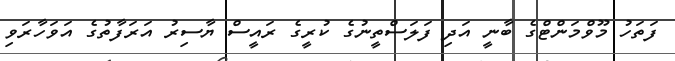
ފަތަހު މޫވްމަންޓްގެ ބާނީ އަދި ފަލަސްތީނުގެ ކުރީގެ ރައީސް ޔާސިރު އަރަފާތުގެ އަވަހާރަވި